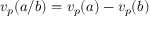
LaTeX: v _ { p } ( a / b ) = v _ { p } ( a ) - v _ { p } ( b )